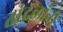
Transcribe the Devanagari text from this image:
तांदळांनी